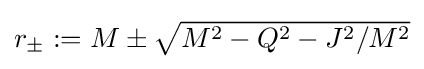
{\textstyle r_{\pm }:=M\pm {\sqrt {M^{2}-Q^{2}-J^{2}/M^{2}}}}